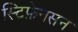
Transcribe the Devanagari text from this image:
स्टिफ़ेनसन